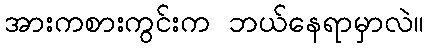
အားကစားကွင်းက ဘယ်နေရာမှာလဲ။